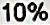
10%